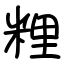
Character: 粴